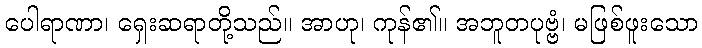
ပေါရာဏာ၊ ရှေးဆရာတို့သည်။ အာဟု၊ ကုန်၏။ အဘူတပုဗ္ဗံ၊ မဖြစ်ဖူးသော